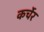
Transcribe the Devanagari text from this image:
कर्चेर